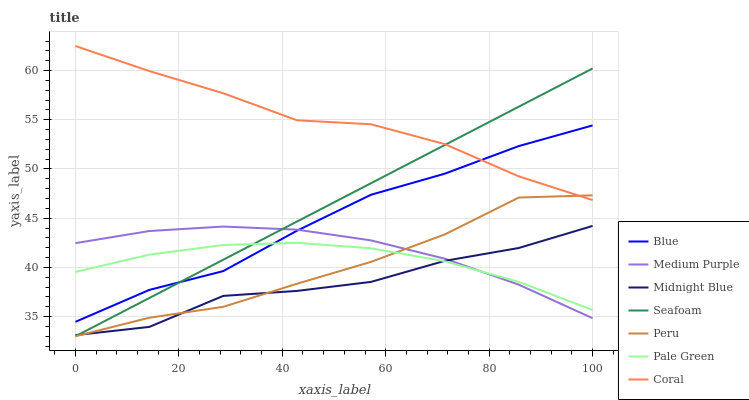
| xaxis_label | Blue | Medium Purple | Midnight Blue | Seafoam | Peru | Pale Green | Coral |
 | --- | --- | --- | --- | --- | --- | --- | --- |
 | 0 | 34.5 | 42.5 | 33.1 | 33 | 33 | 39.5 | 62.5 |
 | 14.3 | 37.7 | 43.7 | 33.9 | 36.9 | 34.9 | 41.3 | 60 |
 | 28.6 | 39.6 | 44.2 | 37.1 | 40.8 | 36 | 42.3 | 57.7 |
 | 42.9 | 43.7 | 43.8 | 37.6 | 44.7 | 38.3 | 42.5 | 54.9 |
 | 57.1 | 47.4 | 42.7 | 38.5 | 48.6 | 40.6 | 41.9 | 54.5 |
 | 71.4 | 49.5 | 40.9 | 40.7 | 52.4 | 43.4 | 40.6 | 52.5 |
 | 85.7 | 52.3 | 38.2 | 42 | 56.3 | 47.1 | 38.5 | 49.3 |
 | 100 | 54.4 | 34.8 | 44.2 | 60.2 | 47.3 | 35.7 | 46.8 |